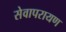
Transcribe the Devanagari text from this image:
सेवापरायण